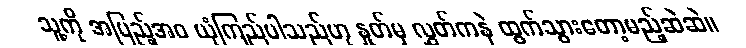
သူ့ကို အပြည့်အဝ ယုံကြည်ပါသည်ဟု နှုတ်မှ လွှတ်ကနဲ ထွက်သွားတော့မည့်ဆဲဆဲ။